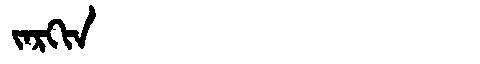
Manchu: ᠵᠠᡵᡴᡳᠨ
Romanization: JARKIN